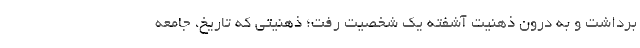
برداشت و به درون ذهنیت آشفته یک شخصیت رفت؛ ذهنیتی که تاریخ، جامعه